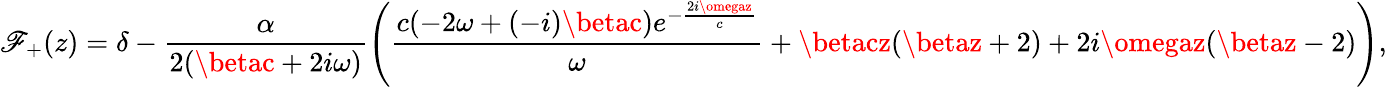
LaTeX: \mathscr{F}_{+}(z)=\delta-\frac{{\alpha}}{{2(\betac+2i\omega)}}\left(\frac{{c(-2\omega+(-i)\betac)e^{-\frac{{2i\omegaz}}{{c}}}}}{{\omega}}+\betacz(\betaz+2)+2i\omegaz(\betaz-2)\right),